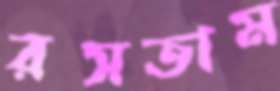
রসতাম